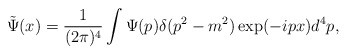
\begin{align*}\tilde{\Psi}(x)=\frac{1}{(2\pi )^{4}}\int \Psi (p)\delta (p^{2}-m^{2})\exp(-ipx)d^{4}p, \end{align*}